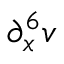
\partial _ { x } ^ { 6 } v